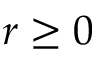
r \geq 0